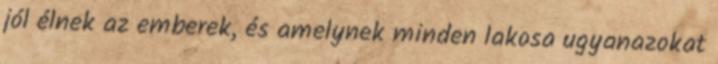
jól élnek az emberek, és amelynek minden lakosa ugyanazokat